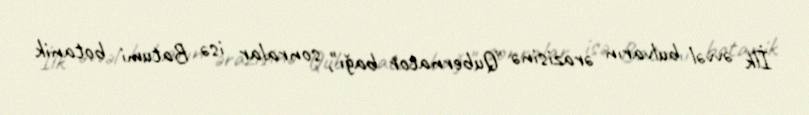
İlk əvvəl bulvarın ərazisinə "Qubernator bağı", sonralar isə Batumi botanik